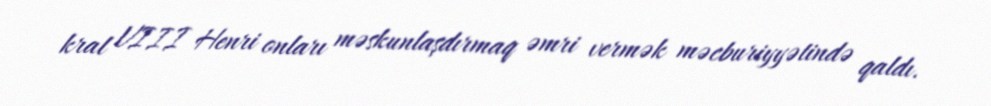
kral VIII Henri onları məskunlaşdırmaq əmri vermək məcburiyyətində qaldı.